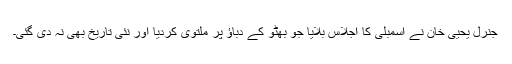
جنرل یحییٰ خان نے اسمبلی کا اجلاس بلایا جو بھٹو کے دباﺅ پر ملتوی کردیا اور نئی تاریخ بھی نہ دی گئی۔